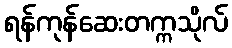
ရန်ကုန်ဆေးတက္ကသိုလ်